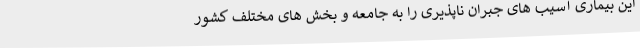
این بیماری آسیب های جبران ناپذیری را به جامعه و بخش های مختلف کشور